Annual report of the Prince of Wales Medical College, Patna
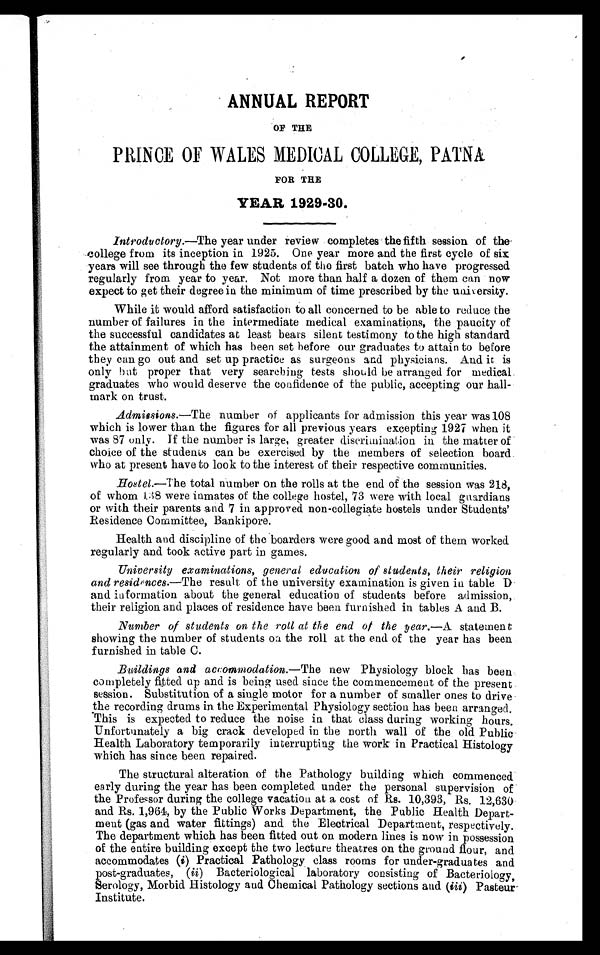
ANNUAL REPORT
OF THE
PRINCE OF WALES MEDICAL COLLEGE, PATNA
F O R T H E
YEAR, 1929-30.
Introductory.—The year under review completes the fifth session of the
college from its inception in 1925. One year more and the first cycle of six
years will see through the few students of the first batch who have progressed
regularly from year to year. Not more than half a dozen of them can now
expect to get their degree in the minimum of time prescribed by the university.
While it would afford satisfaction to all concerned to be able to reduce the
number of failures in the intermediate medical examinations, the paucity of
the successful candidates at least bears silent testimony to the high standard
the attainment of which has been set before our graduates to attain to before
they can go out and set up practice as surgeons and physicians. And it is
only hut proper that very searching tests should be arranged for medical
graduates who would deserve the confidence of the public, accepting our hall–
mark on trust.
Admissions.—The number of applicants for admission this year was 108
which is lower than the figures for all previous years excepting 1927 when it
was 87 only. If the number is large, greater discrimination in the matter of
choice of the students can be exercised by the members of selection board
who at present have to look to the interest of their respective communities.
Hostel.—The total number on the rolls at the end of the session was 218,
of whom I38 were inmates of the college hostel, 73 were with local guardians
or with their parents and 7 in approved non-collegiate hostels under Students’
Residence Committee, Bankipore.
Health and discipline of the boarders were good and most of them worked
regularly and took active part in games.
University examinations, general education of students, their religion
and residences.—The result of the university examination is given in table D
and information about the general education of students before admission,
their religion and places of residence have been furnished in tables A and B.
Number of students on the roll at the end of the year.—A statement
showing the number of students on the roll at the end of the year has been
furnished in table C.
Buildings and accommodation.— The new Physiology block has been
completely fitted up and is being used since the commencement of the present
session. Substitution of a single motor for a number of smaller ones to drive
the recording drums in the Experimental Physiology section has been arranged.
This is expected to reduce the noise in that class during working hours.
Unfortunately a big crack developed in the north wall of the old Public
Health Laboratory temporarily interrupting the work in Practical Histology
which has since been repaired.
The structural alteration of the Pathology building which commenced
early during the year has been completed under the personal supervision of
the Professor during the college vacation at a cost of Rs. 10,393, Rs. 12,630
and Rs. 1,964, by the Public Works Department, the Public Health Depart-
ment (gas and water fittings) and the Electrical Department, respectively..
The department which has been fitted out on modern lines is now in possession
of the entire building except the two lecture theatres on the ground flour, and
accommodates (i) Practical Pathology class rooms for under-graduates and
post-graduates, (ii) Bacteriological laboratory consisting of Bacteriology,
Serology, Morbid Histology and Chemical Pathology sections and (iii) Pasteur
Institute.